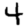
Digit: 4